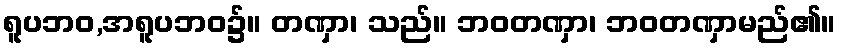
ရူပဘဝ,အရူပဘဝ၌။ တဏှာ၊ သည်။ ဘဝတဏှာ၊ ဘဝတဏှာမည်၏။